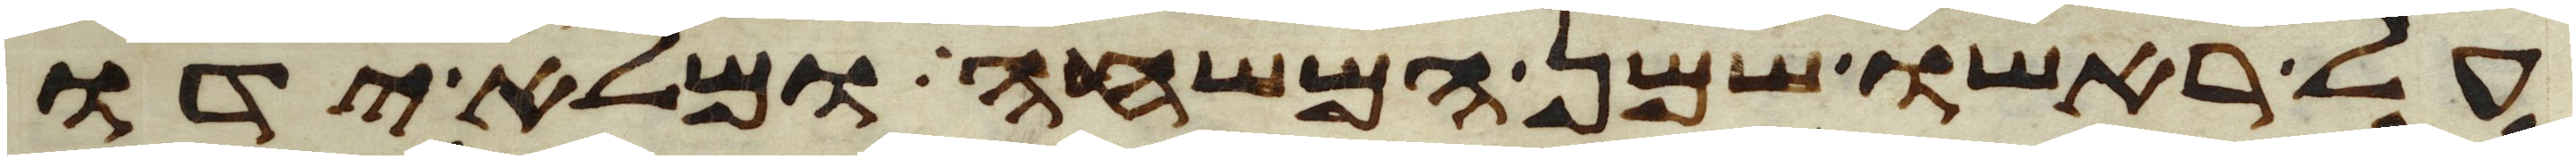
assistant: על ראשו שמן המשחה ומלא ידו